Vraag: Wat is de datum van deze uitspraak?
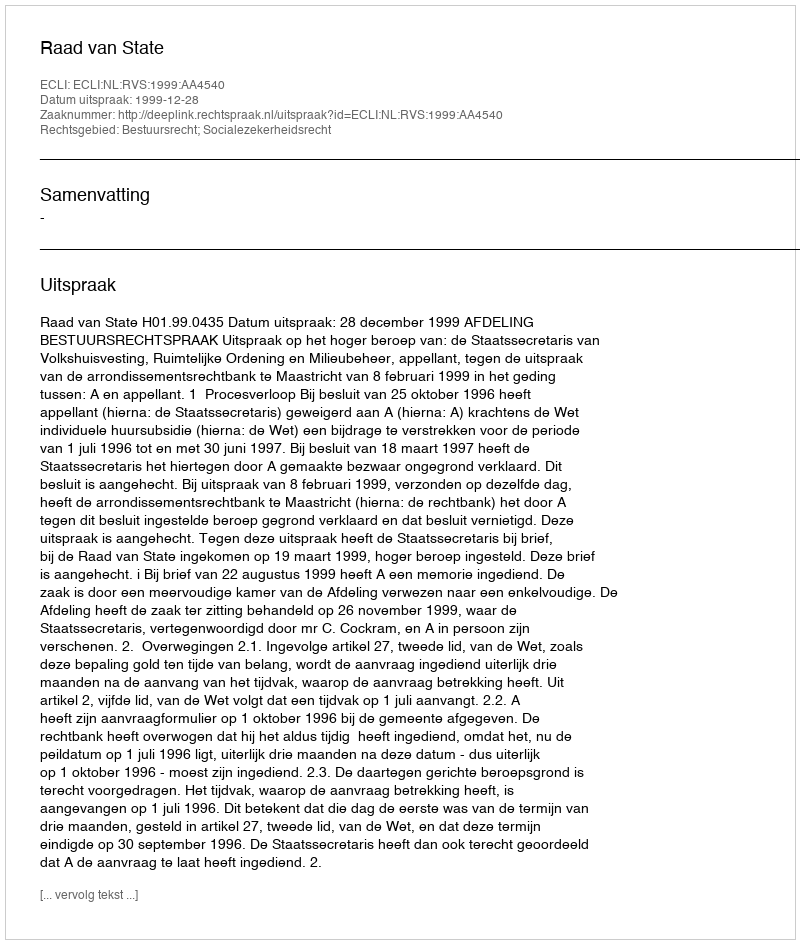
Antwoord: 1999-12-28